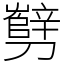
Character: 㔎